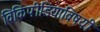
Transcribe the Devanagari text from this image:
विकिपीडियाविषयी